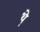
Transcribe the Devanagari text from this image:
थे़